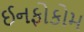
ઈનફોકોમ